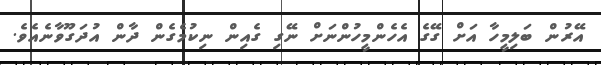
އޭރުން ބަލިމީހާ އަށް ގޭގެ އެހެންމީހުންނަށް ނޭގި ގެއިން ނިކުމެގެން ދާން އުދަގޫވާނެއެވެ.